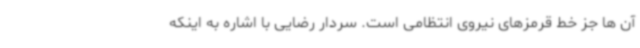
آن ها جز خط قرمزهای نیروی انتظامی است. سردار رضایی با اشاره به اینکه